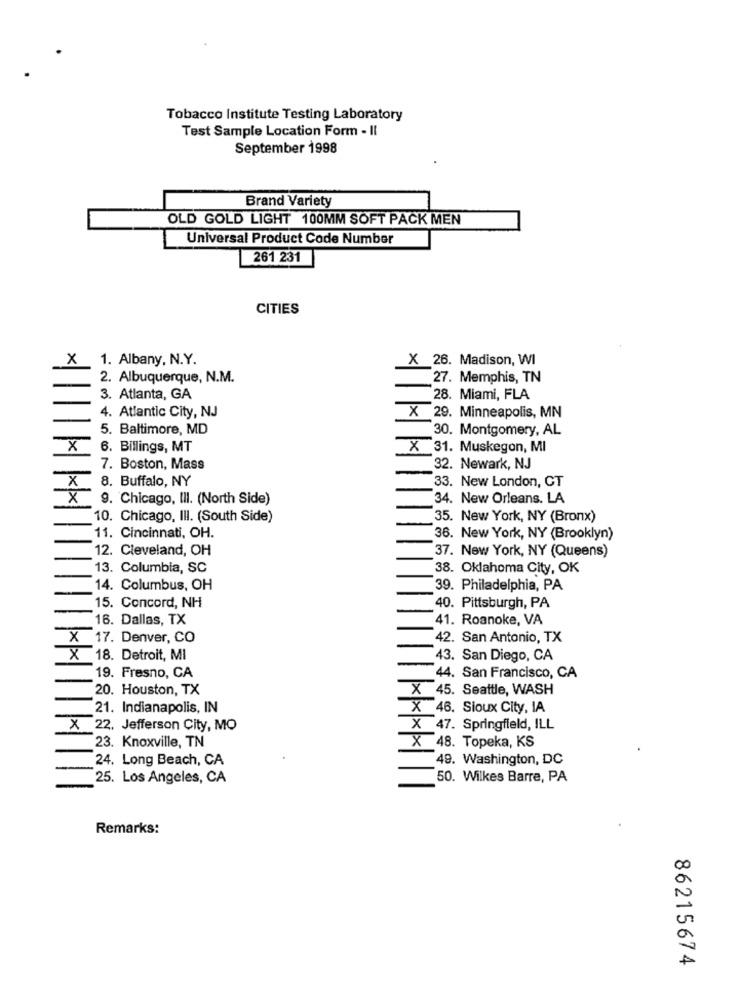
Tobacco Institute Testing Laboratory
Test Sample Location Form - II
September 1998
Brand Variety
OLD GOLD LIGHT 100MM SOFT PACK MEN
Universal Product Code Number
261 231
CITIES
X
1. Albany, N.Y.
X 26. Madison, WI
2. Albuquerque, N.M.
27. Memphis, TN
3. Atlanta, GA
28. Miami, FLA
X
4. Atlantic City, NJ
29. Minneapolis, MN
5. Baltimore, MD
30. Montgomery, AL
X
6. Billings, MT
X 31. Muskegon, MI
7. Boston, Mass
32. Newark, NJ
X
8. Buffalo, NY
33. New London, CT
X
9. Chicago, IlI. (North Side)
34. New Orleans. LA
10. Chicago, IlI. (South Side)
35. New York, NY (Bronx)
11. Cincinnati, OH.
36. New York, NY (Brooklyn)
12. Cleveland, OH
37. New York, NY (Queens)
13. Columbia, SC
38. Oklahoma City, OK
14. Columbus, OH
39. Philadelphia, PA
15. Concord, NH
40. Pittsburgh, PA
16. Dallas, TX
41. Roanoke, VA
X 17. Denver, CO
42. San Antonio, TX
X 18. Detroit, MI
43. San Diego, CA
19. Fresno, CA
44. San Francisco, CA
20. Houston, TX
X 45. Seattle, WASH
21. Indianapolis, IN
X 46. Sioux City, IA
X 22. Jefferson City, MO
X 47. Springfield, ILL
23. Knoxville, TN
X 48. Topeka, KS
24. Long Beach, CA
49. Washington, DC
25. Los Angeles, CA
50. Wilkes Barre, PA
Remarks:
00
A
86215674